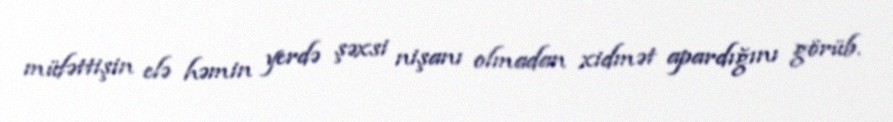
müfəttişin elə həmin yerdə şəxsi nişanı olmadan xidmət apardığını görüb.